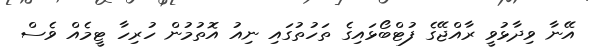
އޭނާ ވިދާޅުވީ ރާއްޖޭގެ ފުޓްބޯޅައިގެ ތަހުތުގައި ނިއު އޮތުމުން ހުރިހާ ޓީމެއް ވެސް